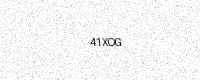
Text: 41XOG